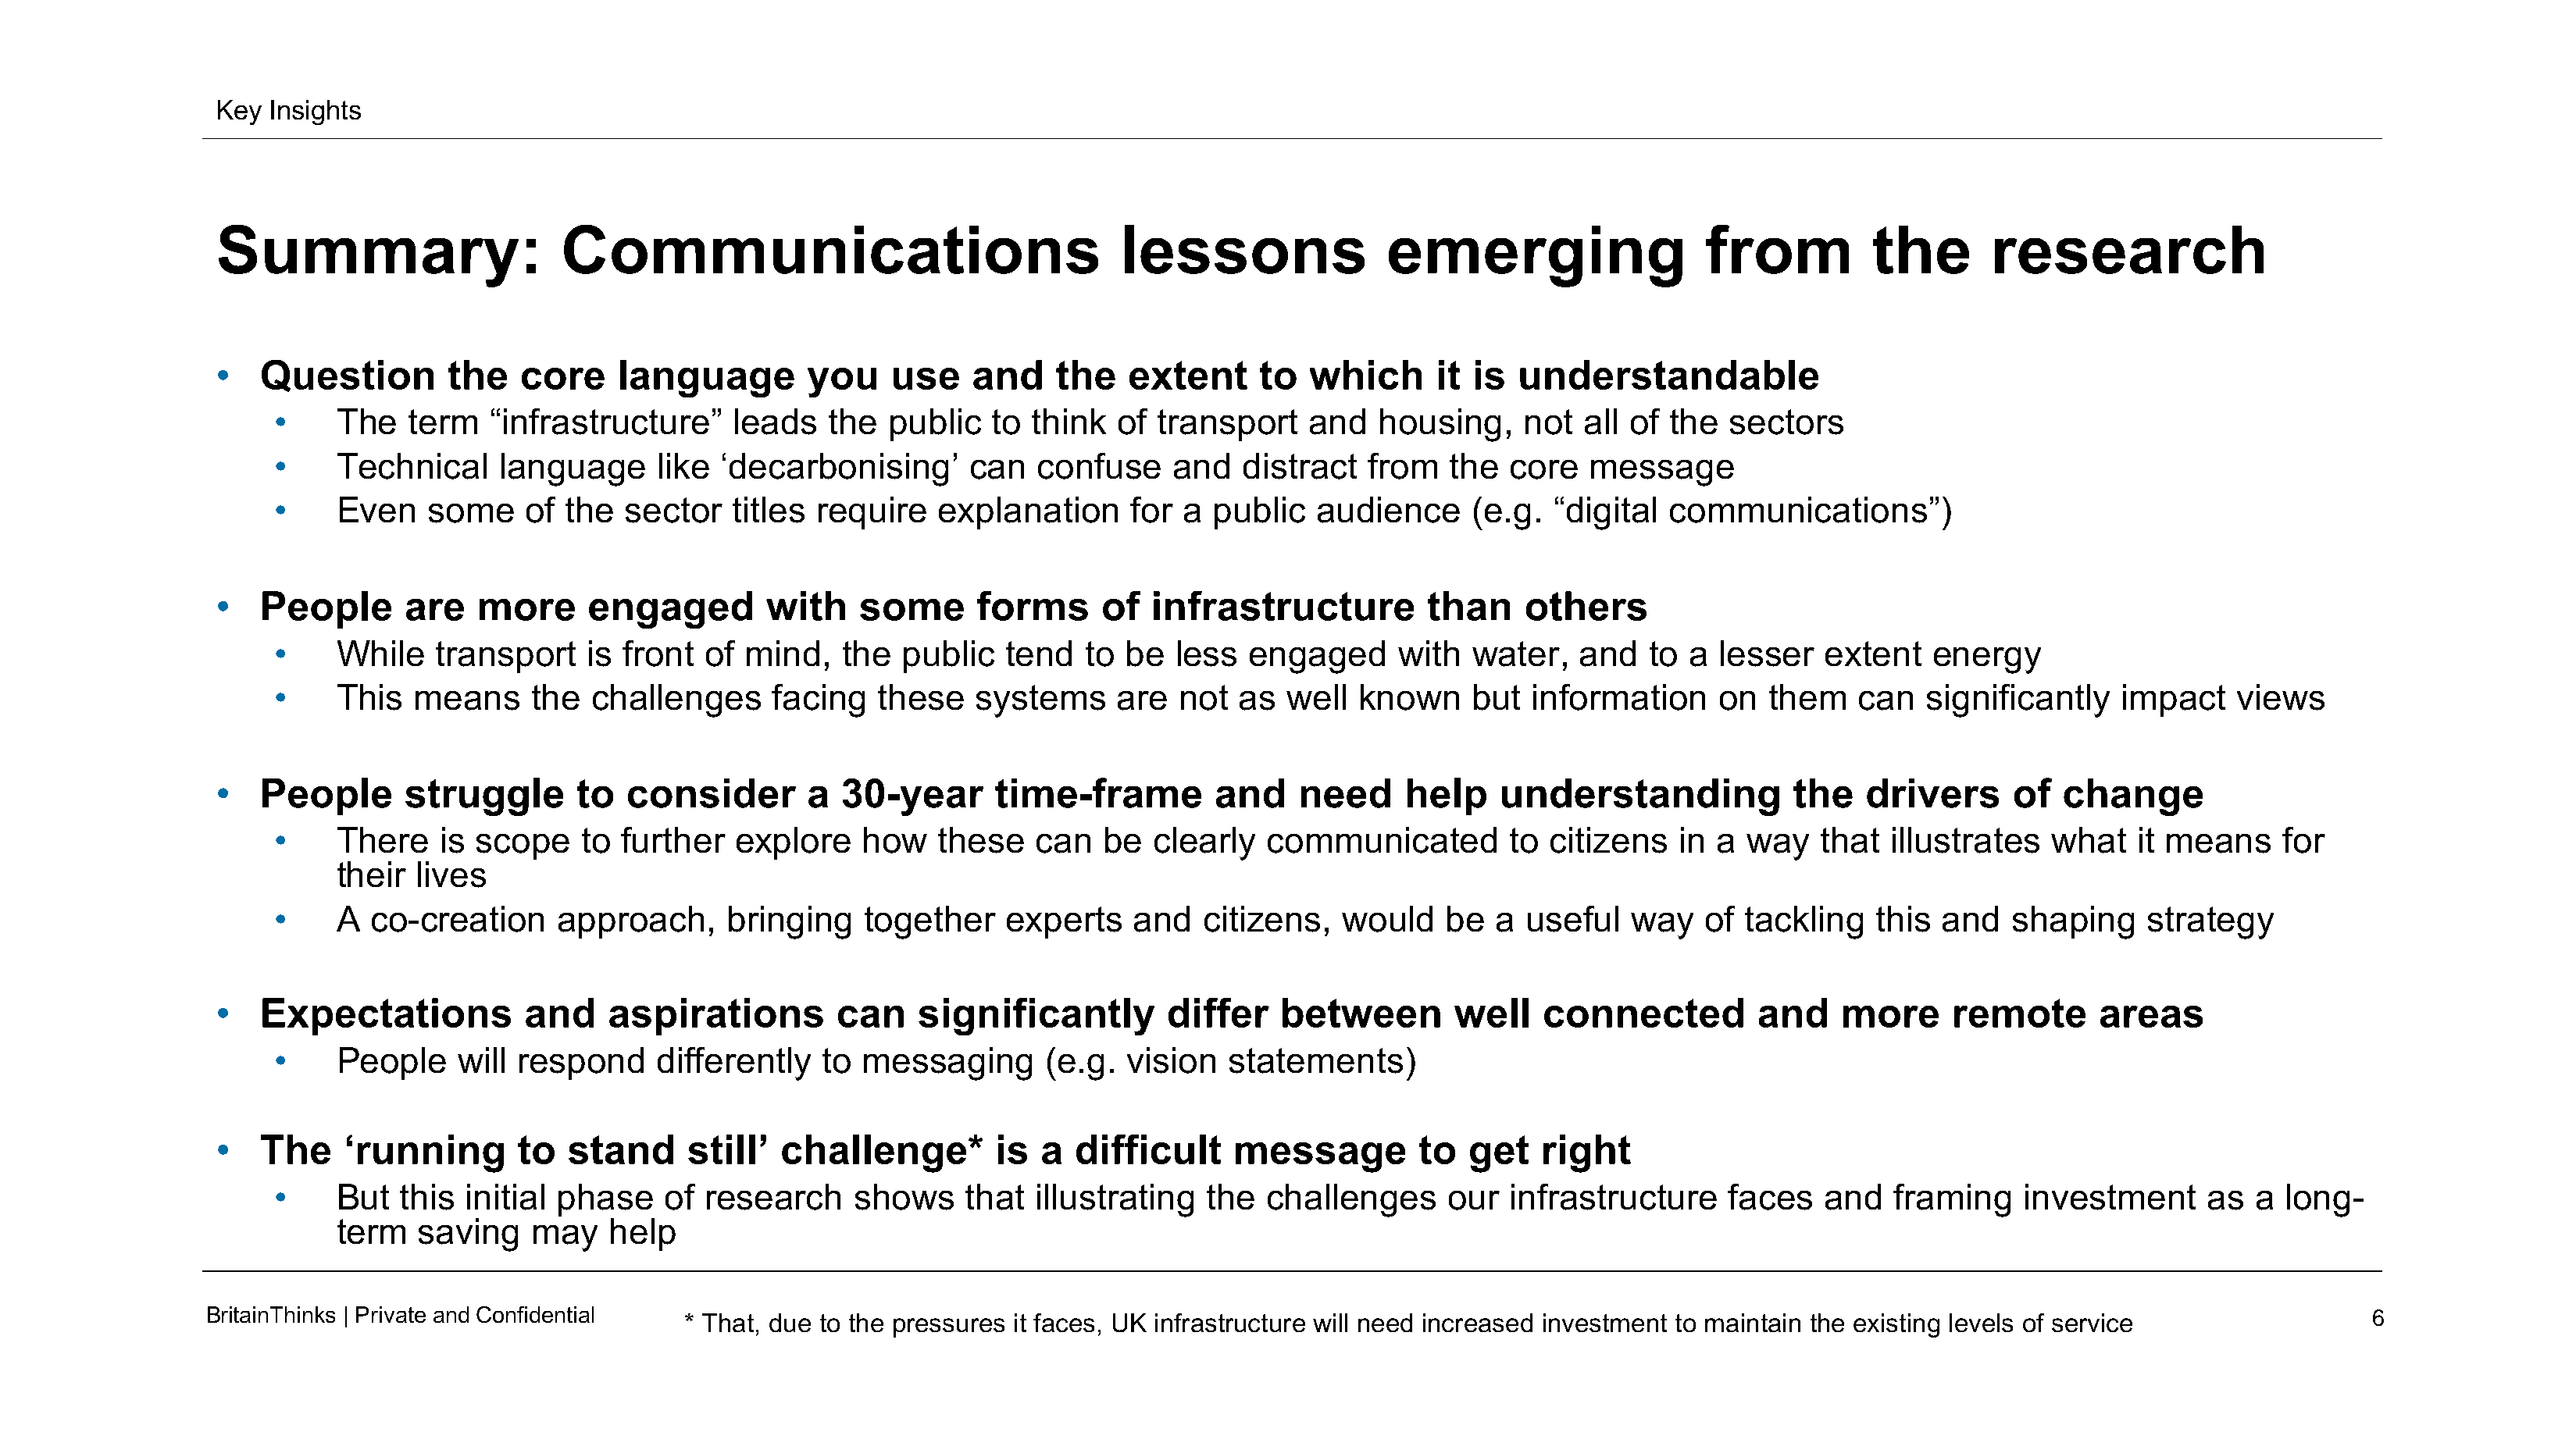
Key  Insights
 Summary:                      Communications                                 lessons                emerging                   from          the       research
 •   Question        the   core    language        you    use    and    the    extent     to  which      it is  understandable
 •     The   term   “infrastructure”    leads   the  public   to think   of transport    and   housing,    not  all of  the  sectors
 •     Technical    language      like ‘decarbonising’      can   confuse    and   distract   from   the  core   message
 •     Even   some     of the  sector   titles require    explanation     for a  public   audience     (e.g.  “digital communications”)
 •   People      are   more      engaged        with    some      forms     of   infrastructure         than    others
 •     While   transport    is front  of mind,   the  public   tend   to be   less  engaged      with  water,   and   to a  lesser   extent   energy
 •     This  means     the  challenges     facing   these    systems     are  not  as  well  known     but  information     on  them    can  significantly    impact    views
 •   People      struggle       to  consider       a  30-year      time-frame         and    need     help    understanding            the   drivers      of  change
 •     There   is scope    to  further  explore    how    these   can   be  clearly  communicated         to citizens   in  a way   that  illustrates   what   it means    for
 their lives
 •     A co-creation     approach,      bringing   together    experts    and   citizens,   would    be  a useful   way    of tackling   this  and   shaping    strategy
 •   Expectations          and     aspirations        can    significantly        differ   between        well    connected         and    more     remote       areas
 •     People    will respond     differently   to messaging       (e.g.  vision  statements)
 •   The    ‘running       to  stand     still’  challenge*        is  a  difficult     message        to  get    right
 •     But  this initial phase    of  research    shows     that  illustrating  the  challenges      our  infrastructure     faces   and   framing    investment     as  a  long-
 term  saving    may    help
 BritainThinks | Private andConfidential  * That, due to the pressures it faces, UK infrastructure will need increased investment to maintain the existing levels of service             6